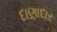
દાણાદાર